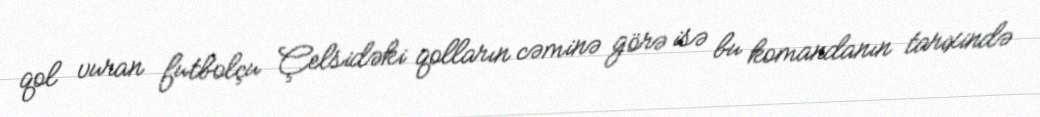
qol vuran futbolçu Çelsidəki qolların cəminə görə isə bu komandanın tarixində